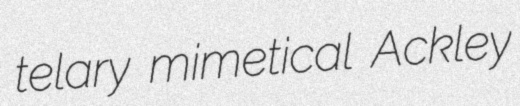
telary mimetical Ackley